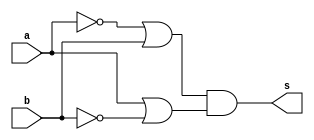
// ---------------------
// Exercicio0006 - XOR
// Nome: Lucas Cardoso
// ---------------------
// ---------------------
// -- xor gate
// ---------------------
module xorgate ( output s,
input a,
input b);

//expresso ab+a b

assign s = (~a|b)&(a|~b);

endmodule //
// ---------------------
// -- test xorgate
// ---------------------
module testxorgate;
// ------------------------- dados locais
reg a,b; // definir registrador
wire s; // definir conexao (fio)
// ------------------------- instancia
xorgate XOR1 (s, a, b);
// ------------------------- preparacao
initial begin:start
a=0;
b=0;
end
// ------------------------- parte principal
initial begin:main
$display("Exercicio0006 - Lucas Cardoso - 441694");
$display("Test XOR gate");
$display("\na & b = s\n");
$monitor("%b & %b = %b", a, b, s);
a=0; b=0;
#1 a=0; b=1;
#1 a=1; b=0;
#1 a=1; b=1;
end
endmodule // testxorgate